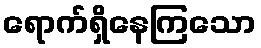
ရောက်ရှိနေကြသော